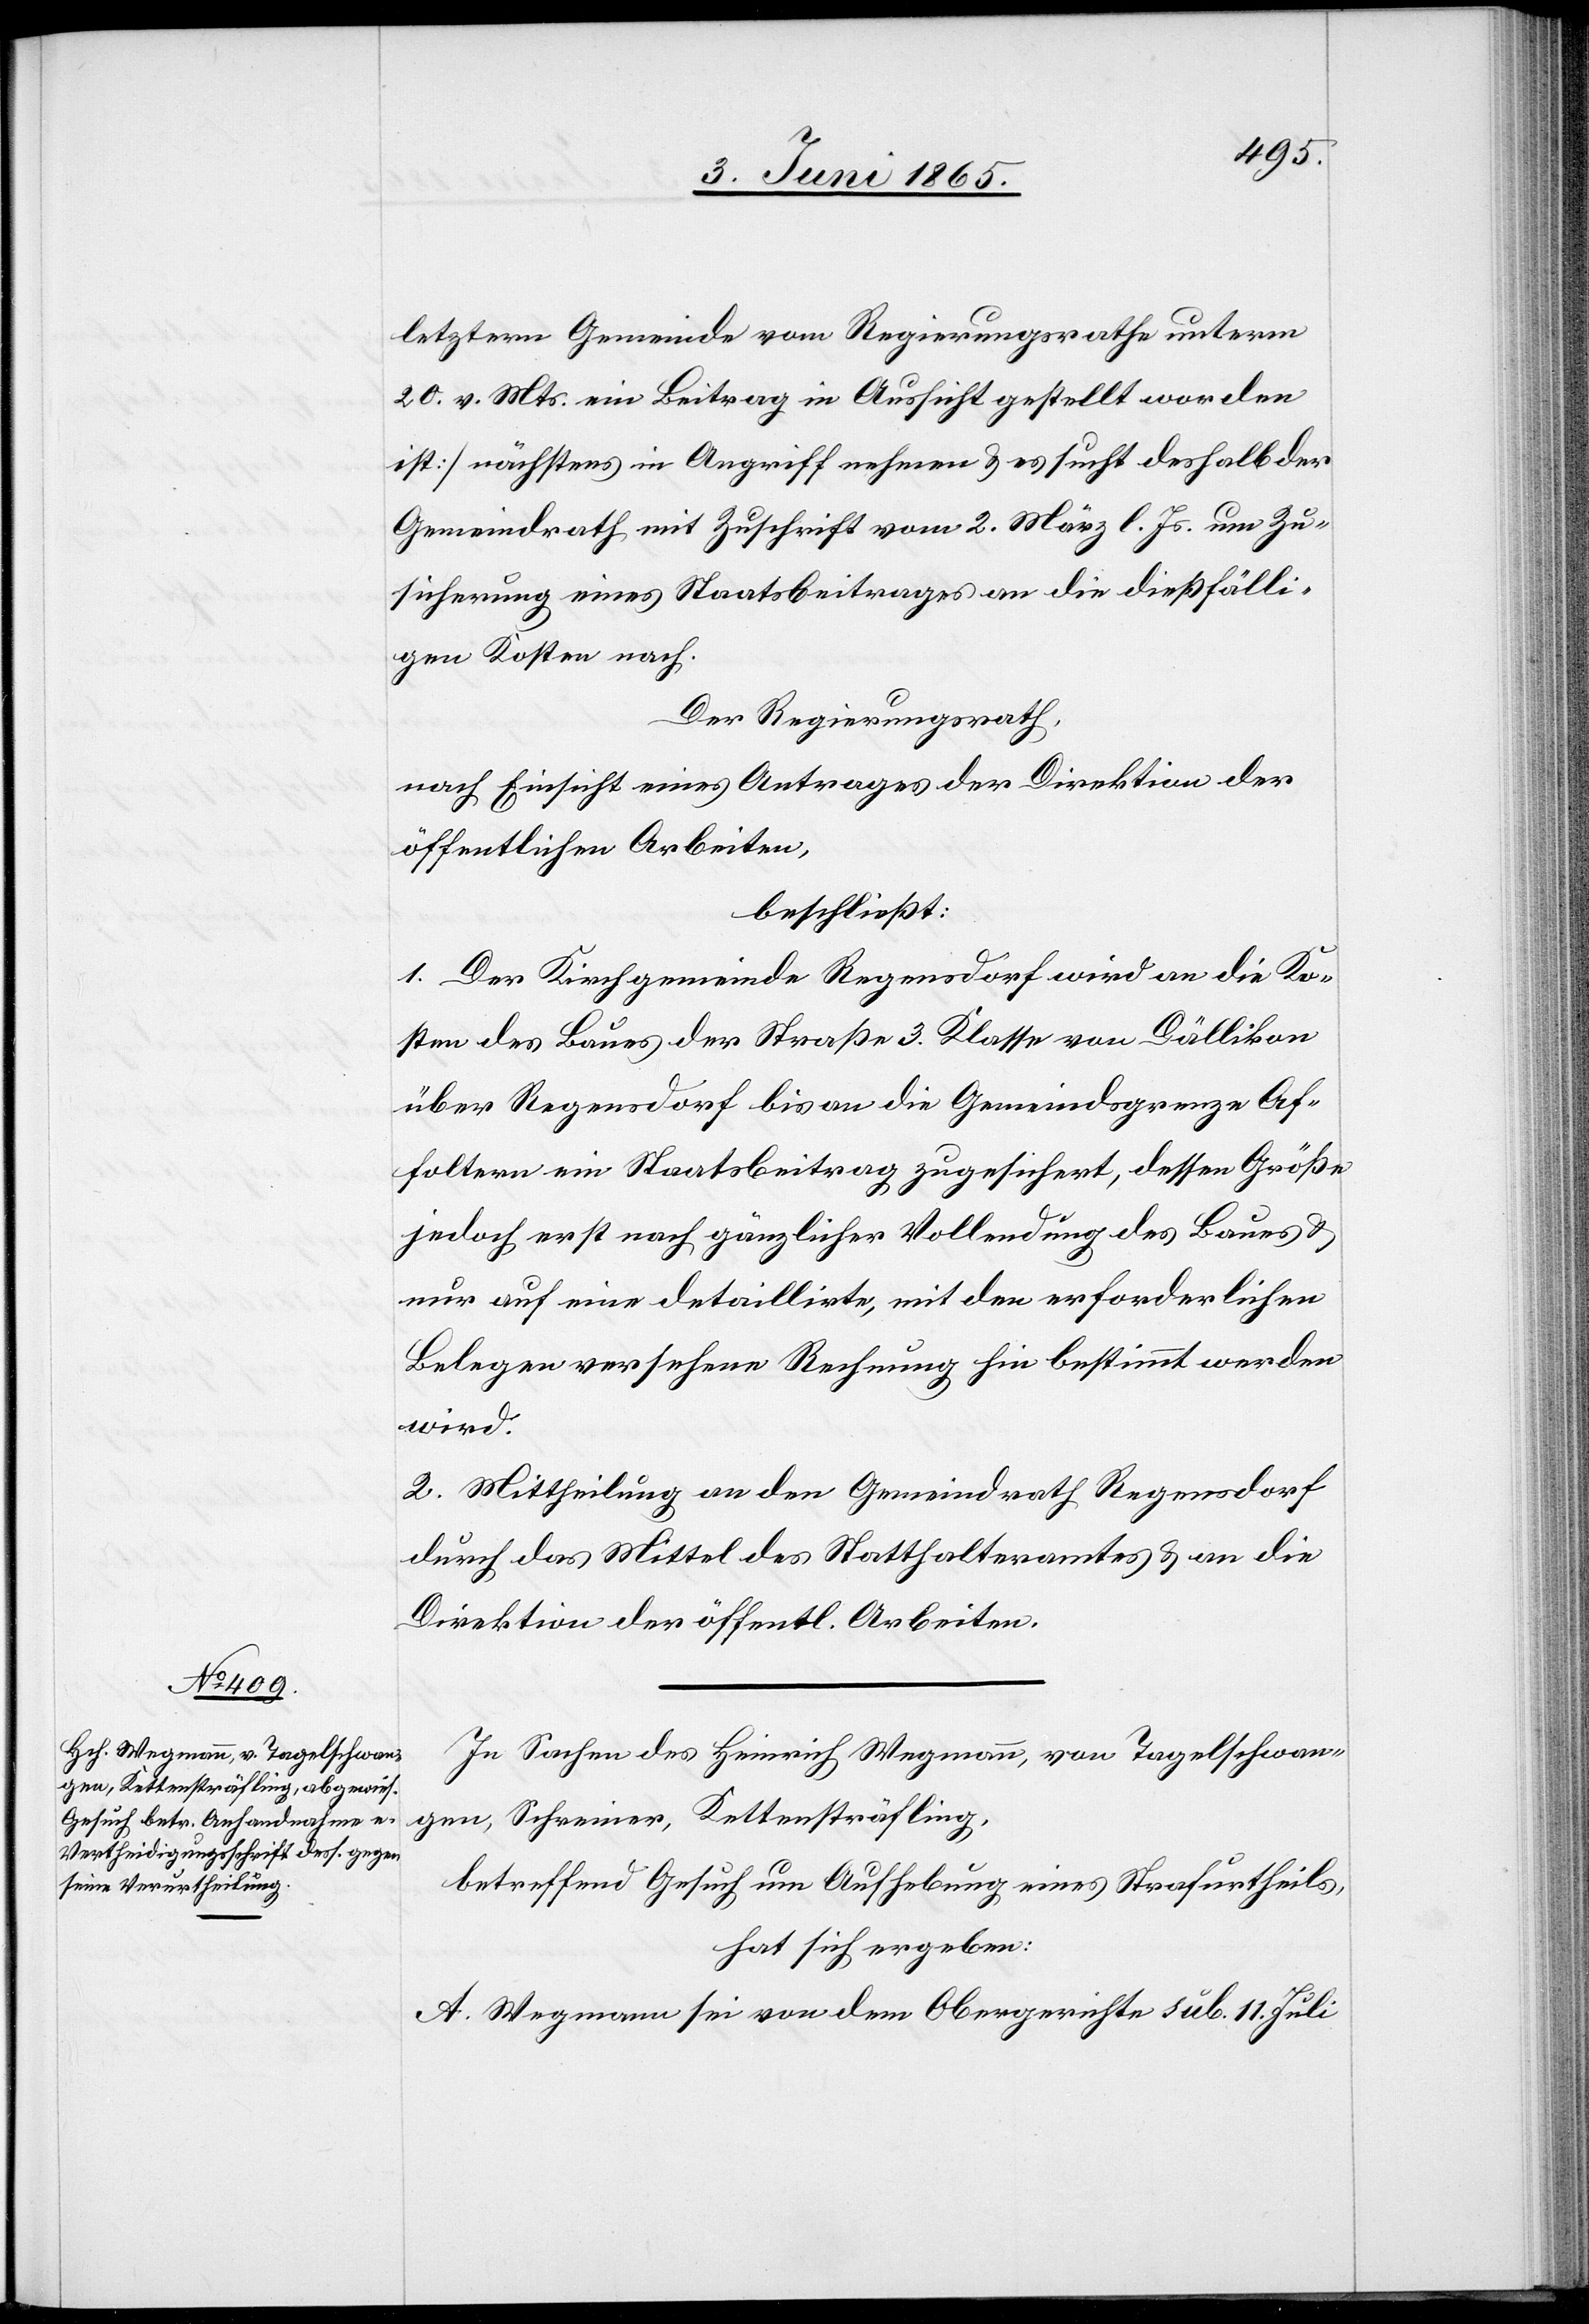
letztern Gemeinde vom Regierungsrathe unterm
20. v. Mts. ein Beitrag in Aussicht gestellt worden
ist] nächstens in Angriff nehmen & es such deshalb der
Gemeindrath mit Zuschrift vom 2. März l. Js. um Zu¬
sicherung eines Staatsbeitrages an die dießfälli¬
gen Kosten nach.
Der Regierungsrath,
nach Einsicht eines Antrages der Direktion der
öffentlichen Arbeiten,
beschließt:
1. Der Kirchgemeinde Regensdorf wird an die Ko¬
sten des Baues der Straße 3. Klasse von Dällikon
über Regensdorf bis an die Gemeindsgrenze Af¬
foltern ein Staatsbeitrag zugesichert, dessen Größe
jedoch erst nach gänzlicher Vollendung des Baues &
nur auf eine detaillirte, mit den erforderlichen
Belegen versehene Rechnung hin bestimmt werden
wird.
2. Mittheilung an den Gemeindrath Regensdorf
durch das Mittel des Statthalteramtes & an die
Direktion der öffentl. Arbeiten.
In Sachen des Heinrich Wegmann, von Tagelschwan¬
gen, Schreiner, Kettensträfling,
betreffend Gesuch um Aufhebung eines Strafurtheils,
hat sich ergeben:
A. Wegmann sei von dem Obergerichte sub. 11. Juli